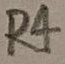
Text: R4